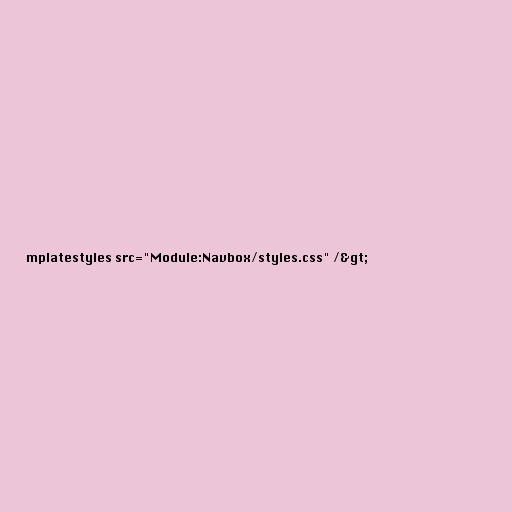
mplatestyles src="Module:Navbox/styles.css" /&gt;